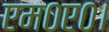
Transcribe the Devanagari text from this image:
एम०ए०।